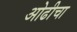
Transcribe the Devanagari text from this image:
ओढीचा